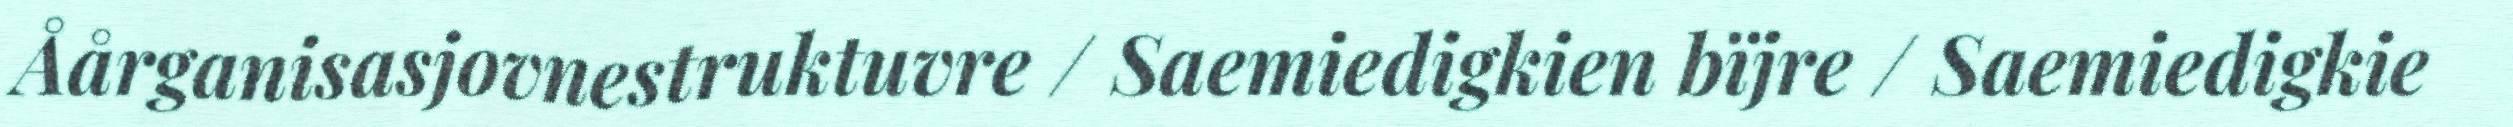
Åårganisasjovnestruktuvre / Saemiedigkien bïjre / Saemiedigkie